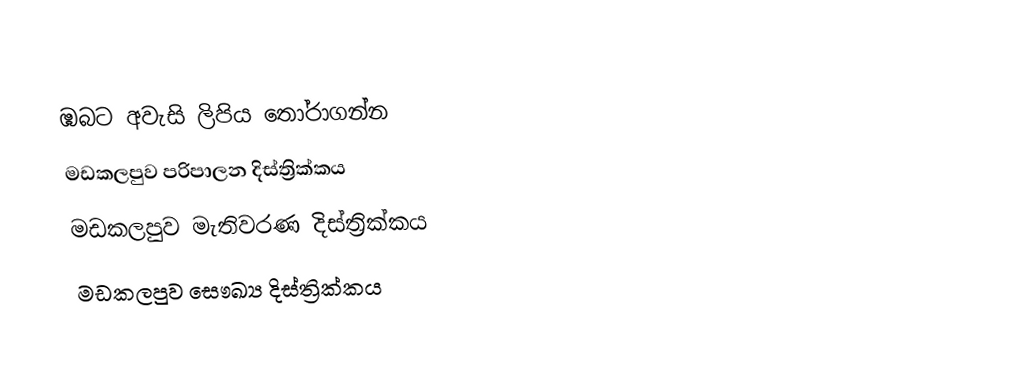
ඹබට අවැසි ලිපිය තෝරාගන්න
 මඩකලපුව පරිපාලන දිස්ත්‍රික්කය
 මඩකලපුව මැතිවරණ දිස්ත්‍රික්කය
 මඩකලපුව සෞඛ්‍ය දිස්ත්‍රික්කය